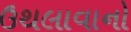
ઉથલાવાનો